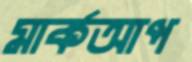
মার্কআপ